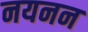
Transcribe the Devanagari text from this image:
नयनन